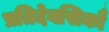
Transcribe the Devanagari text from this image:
प्रतिदेवसिकौ